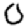
Digit: 0